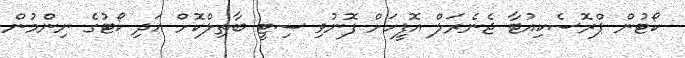
ކޯޓުން ޕްރޮސެކިއުޓާ ޖެނެރަލް އޮފީހަށް ފޮނުވި ސިޓީ ބާތިލްކޮށް އަދި ކޯޓުގެ ނިންމުން